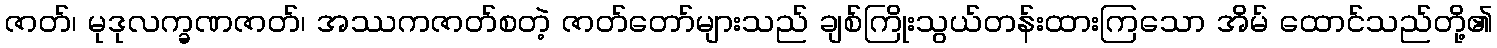
ဇာတ်၊ မုဒုလက္ခဏဇာတ်၊ အဿကဇာတ်စတဲ့ ဇာတ်တော်များသည် ချစ်ကြိုးသွယ်တန်းထားကြသော အိမ် ထောင်သည်တို့၏